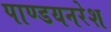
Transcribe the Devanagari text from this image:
पाण्डयनरेश